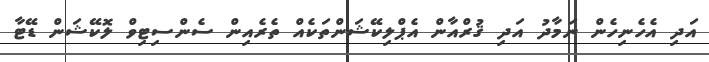
އަދި އެހެނިހެން ނަމާދު އަދި ޤުރްއާން އެޕްލިކޭޝަންތަކެއް ތެރެއިން ސެންސިޓިވް ލޮކޭޝަން ޑޭޓާ